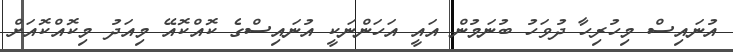
އުނައިސް މިހުރިހާ ދުވަހު ބުނަމުން އައީ އަހަންނަކީ އުނައިސްގެ ކޮއްކޮއޭ މިއަދު މިކޮއްކޮއަށް